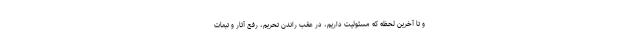
و تا آخرین لحظه که مسئولیت داریم، در عقب راندن تحریم، رفع آثار و تبعات